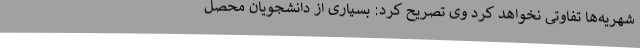
شهریه‌ها تفاوتی نخواهد کرد وی تصریح کرد: بسیاری از دانشجویان محصل